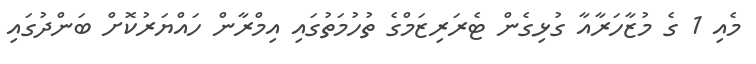
މެއި 1 ގެ މުޒާހަރާއާ ގުޅިގެން ޓެރަރިޒަމްގެ ތުހުމަތުގައި އިމްރާން ހައްޔަރުކޮށް ބަންދުގައި